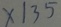
x \vert 3 5